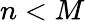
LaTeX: n<M